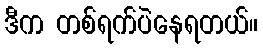
ဒီက တစ်ရက်ပဲနေရတယ်။